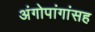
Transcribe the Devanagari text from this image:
अंगोपांगांसह